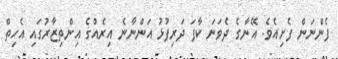
ފެންނަން ފެށިއެވެ. އޭނާގެ ދެވަނަ ކާފަ ދަރިފުޅު އަންނާނެ އިރެއްގެ އިންތިޒާރުގައި އެހިތް